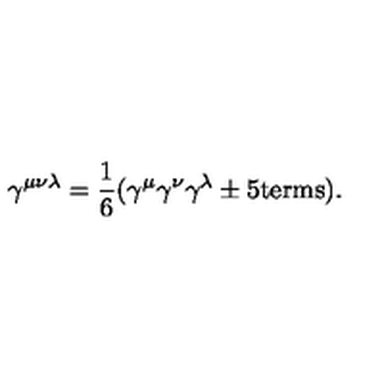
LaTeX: \gamma ^ { \mu \nu \lambda } = { \frac { 1 } { 6 } } ( \gamma ^ { \mu } \gamma ^ { \nu } \gamma ^ { \lambda } \pm \mathrm { 5 t e r m s } ) .